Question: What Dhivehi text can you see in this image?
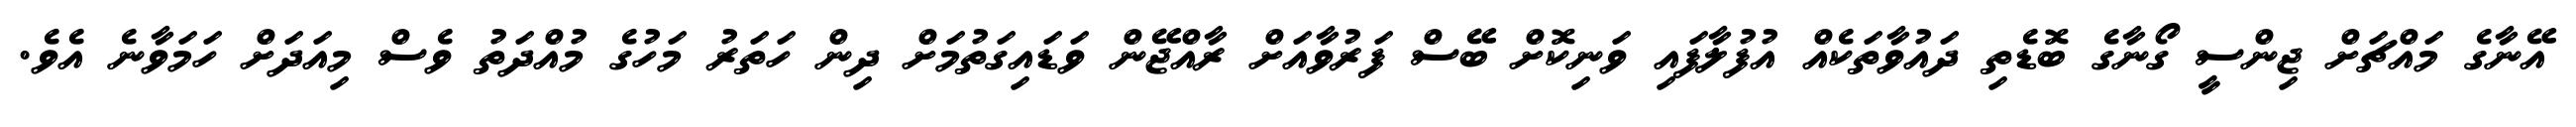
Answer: އޭނާގެ މައްޗަށް ޖިންސީ ގޯނާގެ ބޮޑެތި ދައުވާތަކެއް އުފުލާފައި ވަނިކޮށް ބޭސް ފަރުވާއަށް ރާއްޖޭން ވަޑައިގަތުމަށް ދިން ހަތަރު މަހުގެ މުއްދަތު ވެސް މިއަދަށް ހަމަވާނެ އެވެ.